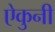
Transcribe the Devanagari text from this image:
ऐकुनी